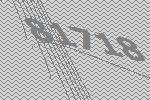
81718